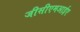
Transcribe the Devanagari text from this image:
जीसीएमआईए